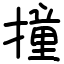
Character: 撞